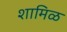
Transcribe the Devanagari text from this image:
शामिळ